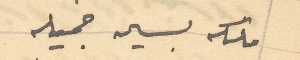
ملكه بسيمه جميله